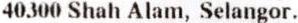
40300 SHAH ALAM, SELANGOR.